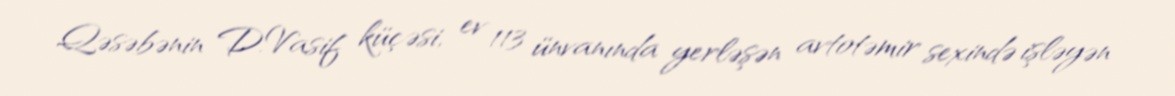
Qəsəbənin D.Vasif küçəsi, ev 113 ünvanında yerləşən avtotəmir sexində işləyən